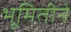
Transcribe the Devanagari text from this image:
भूमितीने